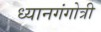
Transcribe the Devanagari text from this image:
ध्यानगंगोत्री